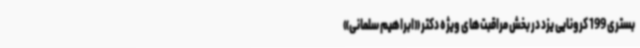
بستری‌ 199 کرونایی یزد در بخش مراقبت‌های ویژه دکتر «ابراهیم سلمانی»